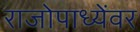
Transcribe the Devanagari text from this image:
राजोपाध्येंवर